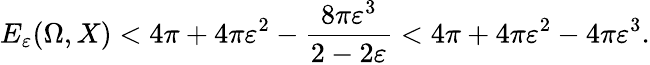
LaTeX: E_{\varepsilon}(\Omega,X)<4\pi+4\pi\varepsilon^{2}-\frac{8\pi\varepsilon^{3}}{2-2\varepsilon}<4\pi+4\pi\varepsilon^{2}-4\pi\varepsilon^{3}.